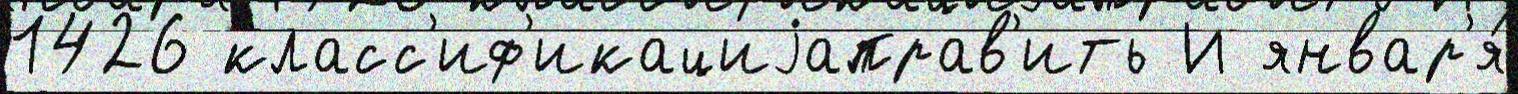
1426 класс'иф'икациjаправ'ить И январ'я́